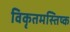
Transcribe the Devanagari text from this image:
विकृतमस्तिष्क